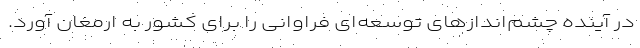
در آینده چشم‌اندازهای توسعه‌ای فراوانی را برای کشور به ارمغان آورد.